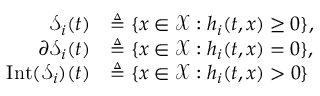
\begin{array} { r l } { \mathcal { S } _ { i } ( t ) } & { \triangleq \{ x \in \mathcal { X } : h _ { i } ( t , x ) \geq 0 \} , } \\ { \partial \mathcal { S } _ { i } ( t ) } & { \triangleq \{ x \in \mathcal { X } : h _ { i } ( t , x ) = 0 \} , } \\ { \mathrm { I n t } ( \mathcal { S } _ { i } ) ( t ) } & { \triangleq \{ x \in \mathcal { X } : h _ { i } ( t , x ) > 0 \} } \end{array}